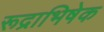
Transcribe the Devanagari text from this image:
रूद्राभिषेक